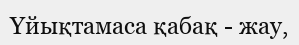
Үйықтамаса қабақ - жау,